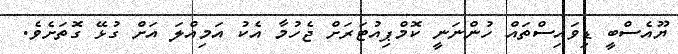
ޔޫއެސްބީ ޑިވައިސްތައް ހުންނަނީ ކޮމްޕިއުޓަރަށް ޖެހުމާ އެކު އަމިއްލަ އަށް ގުޅޭ ގޮތަށެވެ.